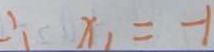
\therefore x _ { 1 } = - 1